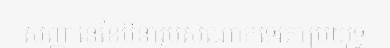
សញ្ញានៃខែមីនារូបសំណាកទេវតាប្រយុទ្ធ